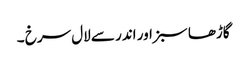
گاڑھا سبز اور اندر سے لال سرخ ۔